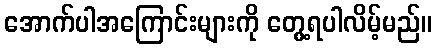
အောက်ပါအကြောင်းများကို တွေ့ရပါလိမ့်မည်။